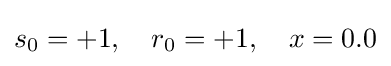
s_{0}=+1,\quad r_{0}=+1,\quad x=0.0